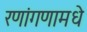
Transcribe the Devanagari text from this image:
रणांगणामधे